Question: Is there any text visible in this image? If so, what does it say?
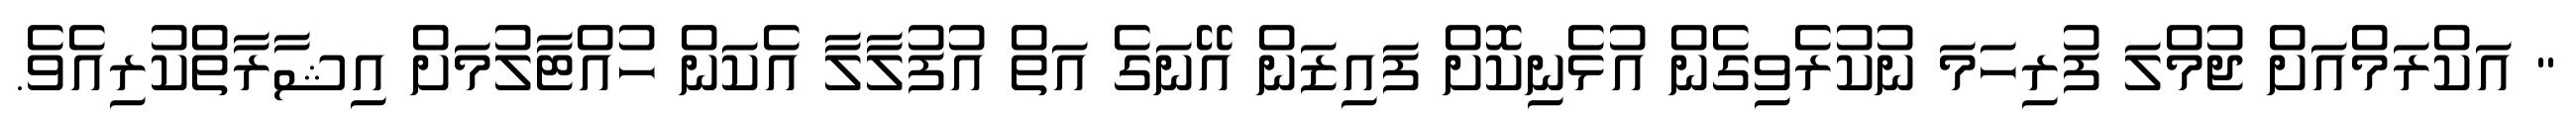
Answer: " އަކްރަމްއަށް ޖުމްލަ ފުރިހަމަ ނުކުރެވިގެން އުޅެނިކޮށް ފައިޒަން އޭނަގެ އަތް އުފުލާލާ އެކަން ހުއްޓާލުމަށް އިޝާރާތްކުރިއެވެ.